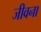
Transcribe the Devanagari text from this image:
जीवना